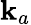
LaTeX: \mathbf{k}_{a}